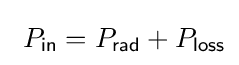
\ P_{\mathsf {in}}=P_{\mathsf {rad}}+P_{\mathsf {loss}}